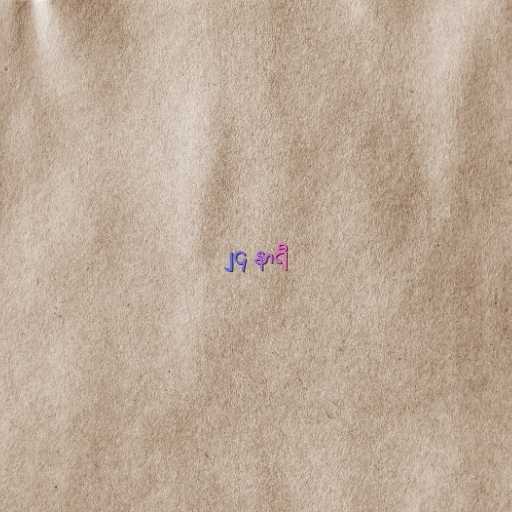
၂၄ နာရီ